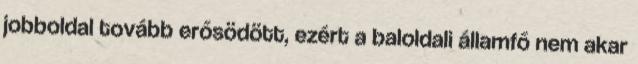
jobboldal tovább erősödött, ezért a baloldali államfő nem akar